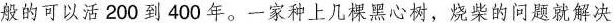
般的可以活200到400年。一家种上几棵黑心树，烧柴的问题就解决